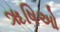
ૠષિઓ